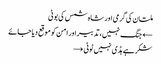
ملتان کی گرمی اور شاہ شمس کی بوٹی
← جنگ نہیں، تدبیر اور امن کو موقع دیا جائے
شکر ہے ہڈی نہیں ٹوٹی →